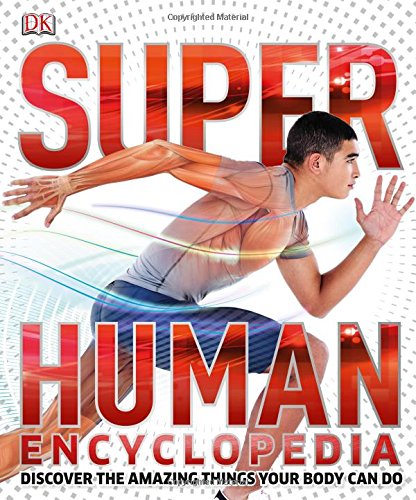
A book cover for Super Human Encyclopedia; DK Publishing; Children's Books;